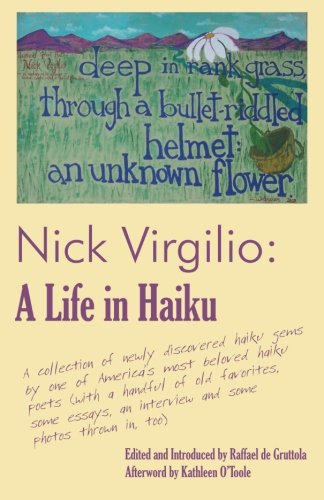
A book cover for Nick Virgilio:A Life in Haiku; Nicholas A. Virgilio; Literature & Fiction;